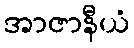
အာဇာနီယံ